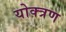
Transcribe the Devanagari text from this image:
योक्त्रण